Report of the Indian Hemp Drugs Commission, 1894-1895 - Volume I
Year: 1894
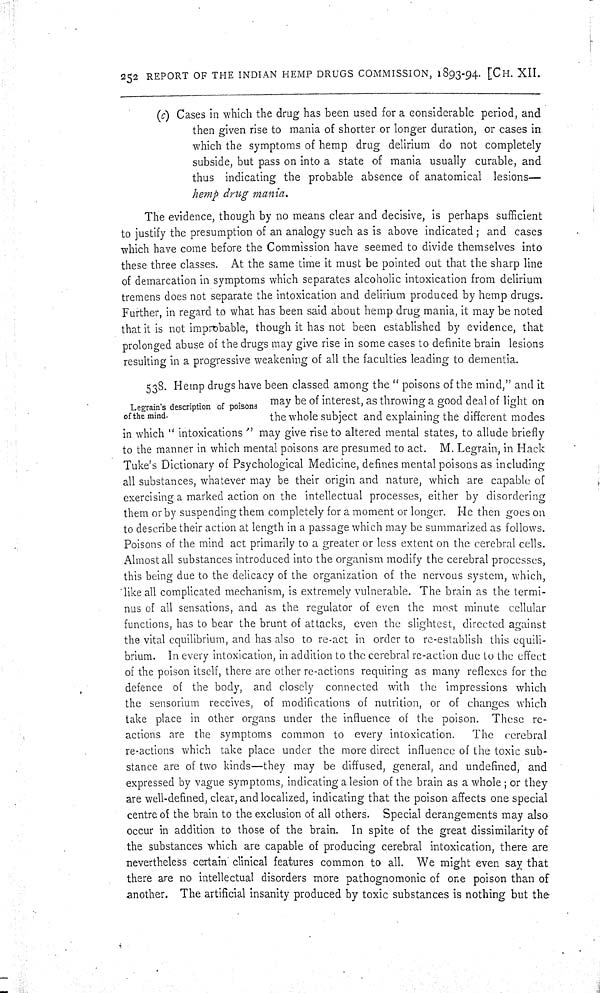
252 REPORT OF THE INDIAN HEMP DRUGS COMMISSION, 1893-94. [CH. XII.
(c) Cases in which the drug has been used for a considerable period, and
then given rise to mania of shorter or longer duration, or cases in
which the symptoms of hemp drug delirium do not completely
subside, but pass on into a state of mania usually curable, and
thus indicating the probable absence of anatomical lesions—
hemp drug mania.
The evidence, though by no means clear and decisive, is perhaps sufficient
to justify the presumption of an analogy such as is above indicated; and cases
which have come before the Commission have seemed to divide themselves into
these three classes. At the same time it must be pointed out that the sharp line
of demarcation in symptoms which separates alcoholic intoxication from delirium
tremens does not separate the intoxication and delirium produced by hemp drugs.
Further, in regard to what has been said about hemp drug mania, it may be noted
that it is not improbable, though it has not been established by evidence, that
prolonged abuse of the drugs may give rise in some cases to definite brain lesions
resulting in a progressive weakening of all the faculties leading to dementia.
Legrain's description of poisons
of the mind.
538. Hemp drugs have been classed among the "poisons of the mind," and it
may be of interest, as throwing a good deal of light on
the whole subject and explaining the different modes
in which "intoxications" may give rise to altered mental states, to allude briefly
to the manner in which mental poisons are presumed to act. M. Legrain, in Hack
Tuke's Dictionary of Psychological Medicine, defines mental poisons as including
all substances, whatever may be their origin and nature, which are capable of
exercising a marked action on the intellectual processes, either by disordering
them or by suspending them completely for a moment or longer. He then goes on
to describe their action at length in a passage which may be summarized as follows.
Poisons of the mind act primarily to a greater or less extent on the cerebral cells.
Almost all substances introduced into the organism modify the cerebral processes,
this being due to the delicacy of the organization of the nervous system, which,
like all complicated mechanism, is extremely vulnerable. The brain as the termi-
nus of all sensations, and as the regulator of even the most minute cellular
functions, has to bear the brunt of attacks, even the slightest, directed against
the vital equilibrium, and has also to re-act in order to re-establish this equili-
brium. In every intoxication, in addition to the cerebral re-action due to the effect
of the poison itself, there are other re-actions requiring as many reflexes for the
defence of the body, and closely connected with the impressions which
the sensorium receives, of modifications of nutrition, or of changes which
take place in other organs under the influence of the poison. These re-
actions are the symptoms common to every intoxication.
The cerebral
re-actions which take place under the more direct influence of the toxic sub-
stance are of two kinds—they may be diffused, general, and undefined, and
expressed by vague symptoms, indicating a lesion of the brain as a whole; or they
are well-defined, clear, and localized, indicating that the poison affects one special
centre of the brain to the exclusion of all others. Special derangements may also
occur in addition to those of the brain. In spite of the great dissimilarity of
the substances which are capable of producing cerebral intoxication, there are
nevertheless certain clinical features common to all. We might even say that
there are no intellectual disorders more pathognomonic of one poison than of
another. The artificial insanity produced by toxic substances is nothing but the